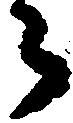
々